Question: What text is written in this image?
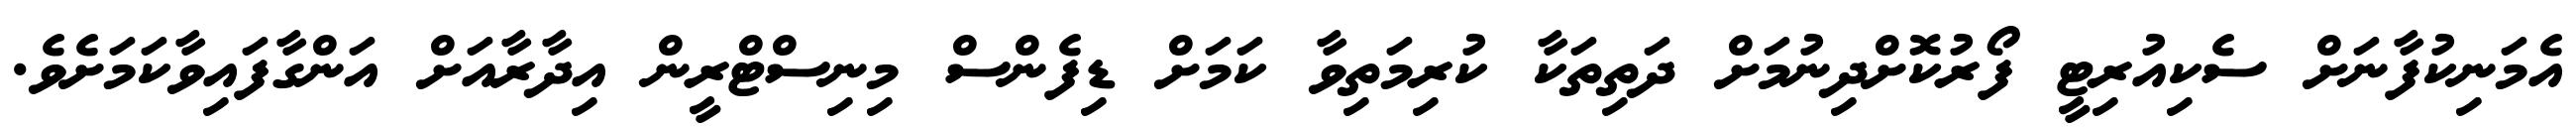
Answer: އެމަނިކުފާނަށް ސެކިއުރިޓީ ފޯރުކޮށްދިނުމަށް ދަތިތަކާ ކުރިމަތިވާ ކަމަށް ޑިފެންސް މިނިސްޓްރީން އިދާރާއަށް އަންގާފައިވާކަމަށެވެ.